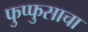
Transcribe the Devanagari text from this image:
फुप्फुसाचा